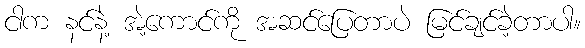
ငါက နင်နဲ့ အဲ့ကောင်ကို အဆင်ပြေတာပဲ မြင်ချင်ခဲ့တာပါ။